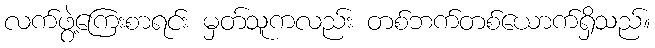
လက်ဖွဲ့ကြေးစာရင်း မှတ်သူကလည်း တစ်ဘက်တစ်ယောက်ရှိသည်။